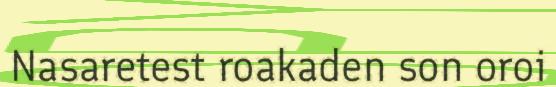
Nasaretest roakaden son oroi